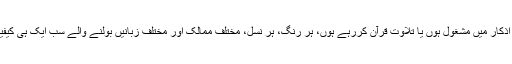
نماز پڑھ رہے ہوں، ذکر و اذکار میں مشغول ہوں یا تلاوت قرآن کررہے ہوں، ہر رنگ، ہر نسل، مختلف ممالک اور مختلف زبانیں بولنے والے سب ایک ہی کیفیت میں ڈوبے نظر آتے ہیں۔